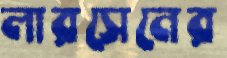
লারসেনের